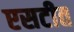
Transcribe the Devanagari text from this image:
एसटीत